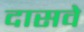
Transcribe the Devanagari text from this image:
दासवे